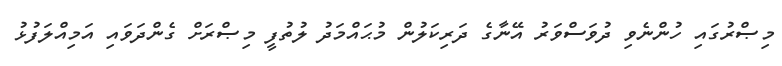
މިޞްރުގައި ހުންނެވި ދުވަސްވަރު އޭނާގެ ދަރިކަލުން މުޙައްމަދު ލުތުފީ މިޞްރަށް ގެންދަވައި އަމިއްލަފުޅު